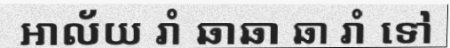
អាល័យ រាំ ឆាឆា ឆា រាំ ទៅ